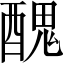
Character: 𨢄